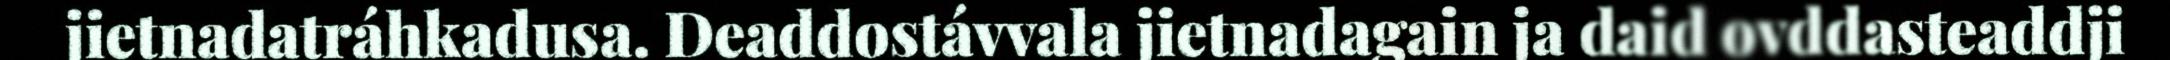
jietnadatráhkadusa. Deaddostávvala jietnadagain ja daid ovddasteaddji